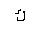
Letter: _kaf